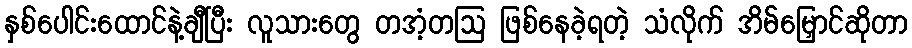
နှစ်ပေါင်းထောင်နဲ့ချီပြီး လူသားတွေ တအံ့တဩ ဖြစ်နေခဲ့ရတဲ့ သံလိုက် အိမ်မြှောင်ဆိုတာ